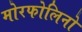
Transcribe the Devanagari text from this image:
मोरफोलिनो